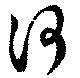
河